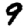
Digit: 9